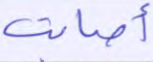
أصابت